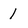
Character: 1